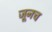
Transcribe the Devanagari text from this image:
जूनच